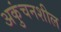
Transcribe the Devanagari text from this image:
अकुंचनशील